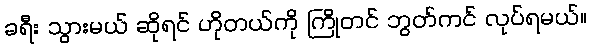
ခရီး သွားမယ် ဆိုရင် ဟိုတယ်ကို ကြိုတင် ဘွတ်ကင် လုပ်ရမယ်။